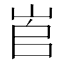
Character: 𡶫